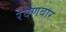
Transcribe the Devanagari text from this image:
रेवणवार